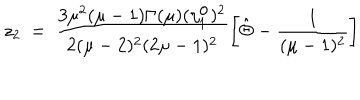
z _ { 2 } ~ = ~ \frac { 3 \mu ^ { 2 } ( \mu - 1 ) \Gamma ( \mu ) ( \eta _ { 1 } ^ { \mathrm { o } } ) ^ { 2 } } { 2 ( \mu - 2 ) ^ { 2 } ( 2 \mu - 1 ) ^ { 2 } } \left[ \hat { \Theta } - \frac { 1 } { ( \mu - 1 ) ^ { 2 } } \right]